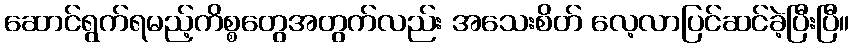
ဆောင်ရွက်ရမည့်ကိစ္စတွေအတွက်လည်း အသေးစိတ် လေ့လာပြင်ဆင်ခဲ့ပြီးပြီ။